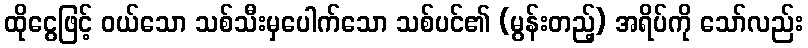
ထိုငွေဖြင့် ဝယ်သော သစ်သီးမှပေါက်သော သစ်ပင်၏ (မွန်းတည့်) အရိပ်ကို သော်လည်း